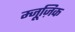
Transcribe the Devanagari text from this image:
म्जूज़िक